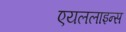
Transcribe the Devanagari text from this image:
एयललाइन्स